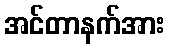
အင်တာနက်အား